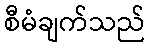
စီမံချက်သည်